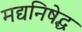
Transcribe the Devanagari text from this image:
मद्यनिषेद्ध